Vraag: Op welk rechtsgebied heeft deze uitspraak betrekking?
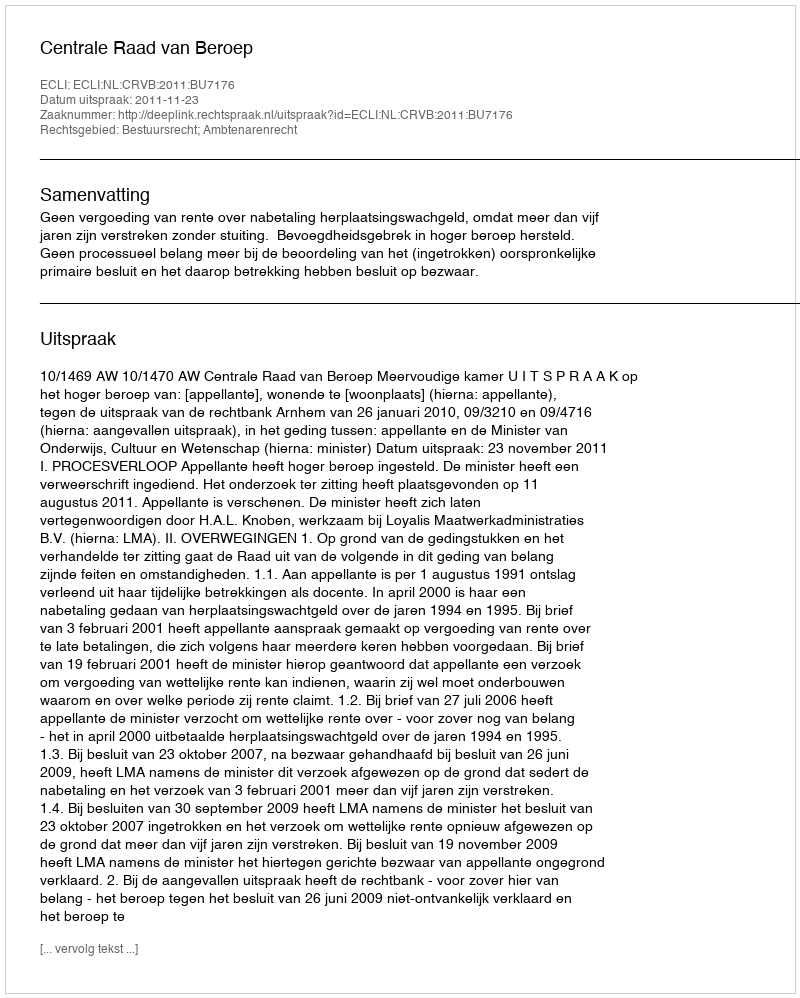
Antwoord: Bestuursrecht; Ambtenarenrecht